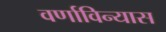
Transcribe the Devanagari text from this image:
वर्णाविन्यास